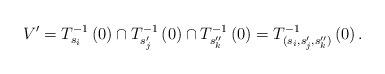
LaTeX: \begin{align*}V^{\prime}=T_{s_{i}}^{-1}\left(0\right)\cap T_{s_{j}^{\prime}}^{-1}\left(0\right)\cap T_{s_{k}^{\prime\prime}}^{-1}\left(0\right)=T_{(s_{i},s_{j}^{\prime},s_{k}^{\prime\prime})}^{-1}\left(0\right).\end{align*}